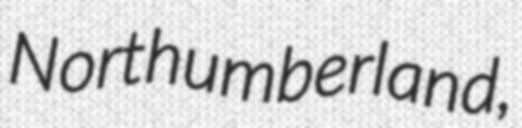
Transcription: Northumberland,